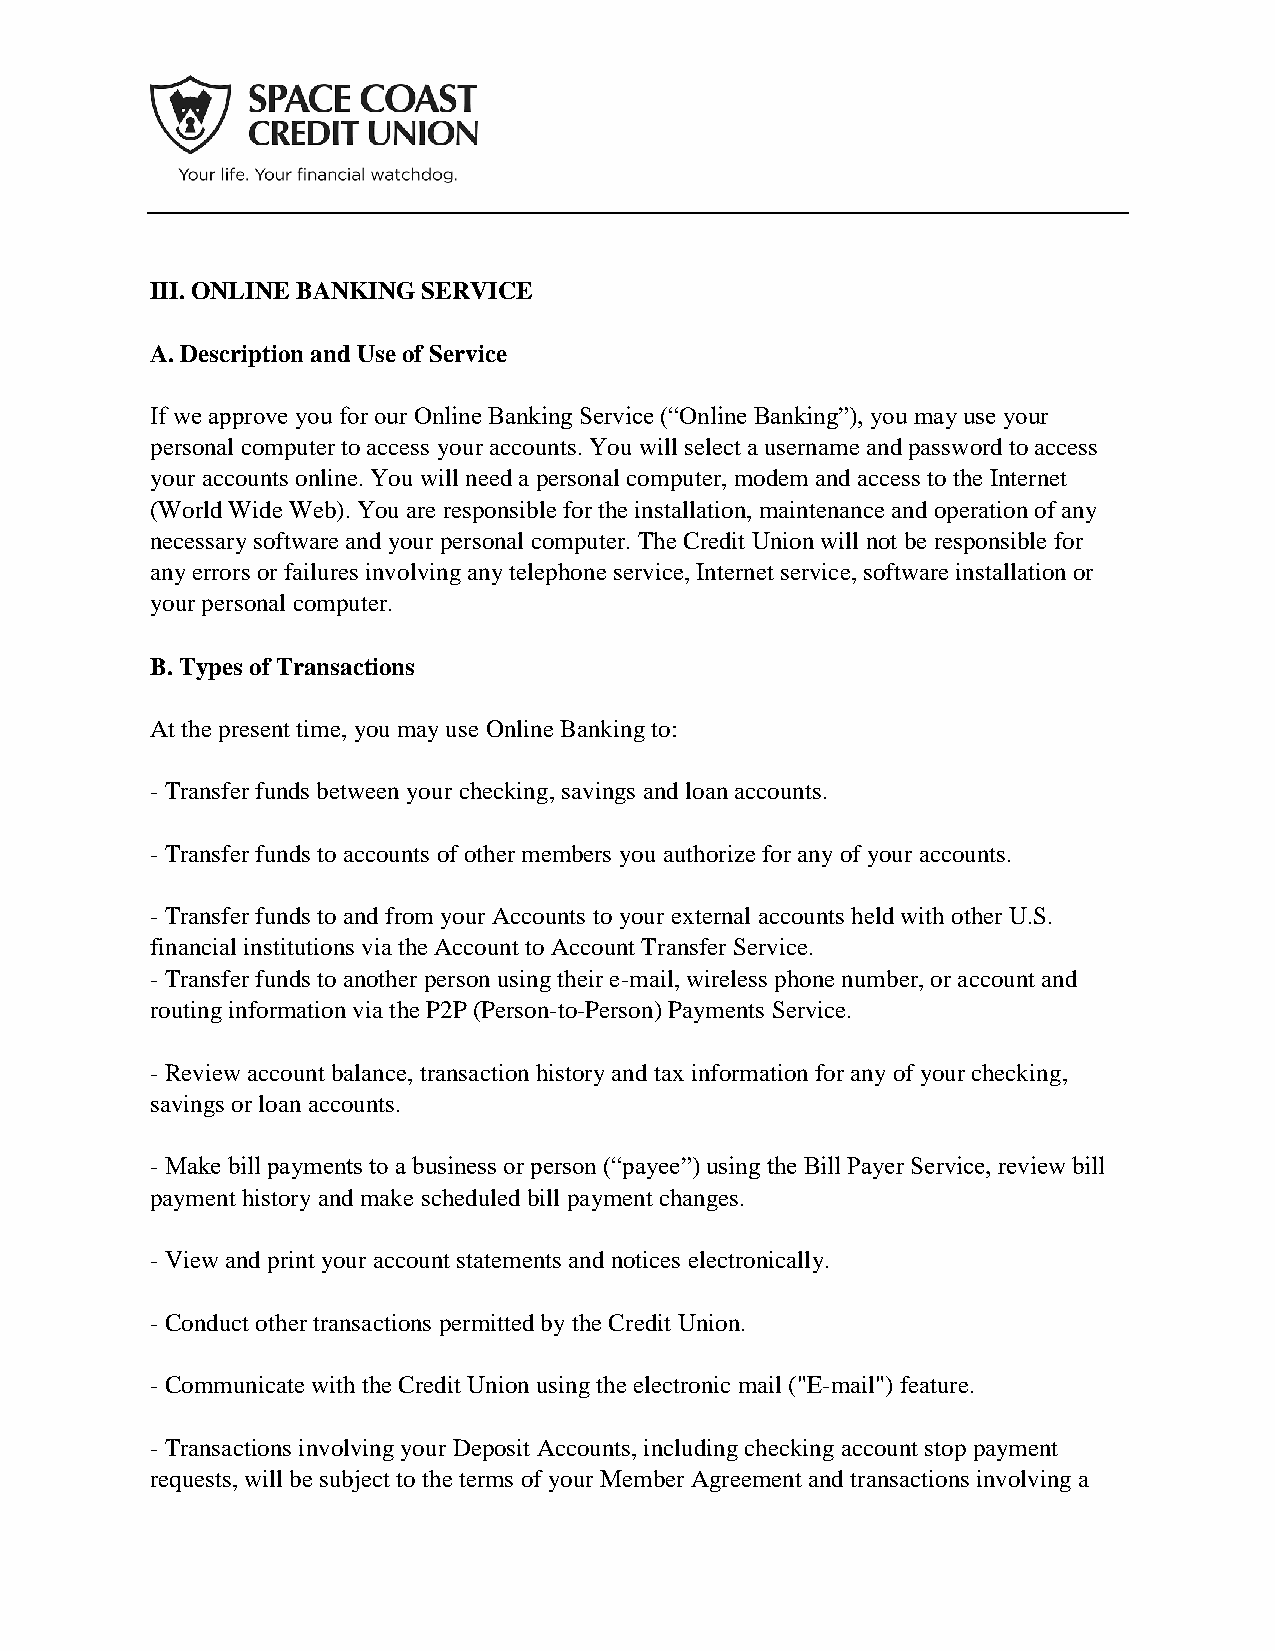
III. ONLINE BANKING SERVICE
 A. Description and Use of Service
 If we approve you for our Online Banking Service (“Online Banking”), you may use your
 personal computer to access your accounts. You will select a username and password to access
 your accounts online. You will need a personal computer, modem and access to the Internet
 (World Wide Web). You are responsible for the installation, maintenance and operation of any
 necessary software and your personal computer. The Credit Union will not be responsible for
 any errors or failures involving any telephone service, Internet service, software installation or
 your personal computer.
 B. Types of Transactions
 At the present time, you may use Online Banking to:
 - Transfer funds between your checking, savings and loan accounts.
 - Transfer funds to accounts of other members you authorize for any of your accounts.
 - Transfer funds to and from your Accounts to your external accounts held with other U.S.
 financial institutions via the Account to Account Transfer Service.
 - Transfer funds to another person using their e-mail, wireless phone number, or account and
 routing information via the P2P (Person-to-Person) Payments Service.
 - Review account balance, transaction history and tax information for any of your checking,
 savings or loan accounts.
 - Make bill payments to a business or person (“payee”) using the Bill Payer Service, review bill
 payment history and make scheduled bill payment changes.
 - View and print your account statements and notices electronically.
 - Conduct other transactions permitted by the Credit Union.
 - Communicate with the Credit Union using the electronic mail ("E-mail") feature.
 - Transactions involving your Deposit Accounts, including checking account stop payment
 requests, will be subject to the terms of your Member Agreement and transactions involving a